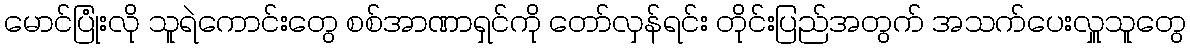
မောင်ပြုံးလို သူရဲကောင်းတွေ စစ်အာဏာရှင်ကို တော်လှန်ရင်း တိုင်းပြည်အတွက် အသက်ပေးလှူသူတွေ